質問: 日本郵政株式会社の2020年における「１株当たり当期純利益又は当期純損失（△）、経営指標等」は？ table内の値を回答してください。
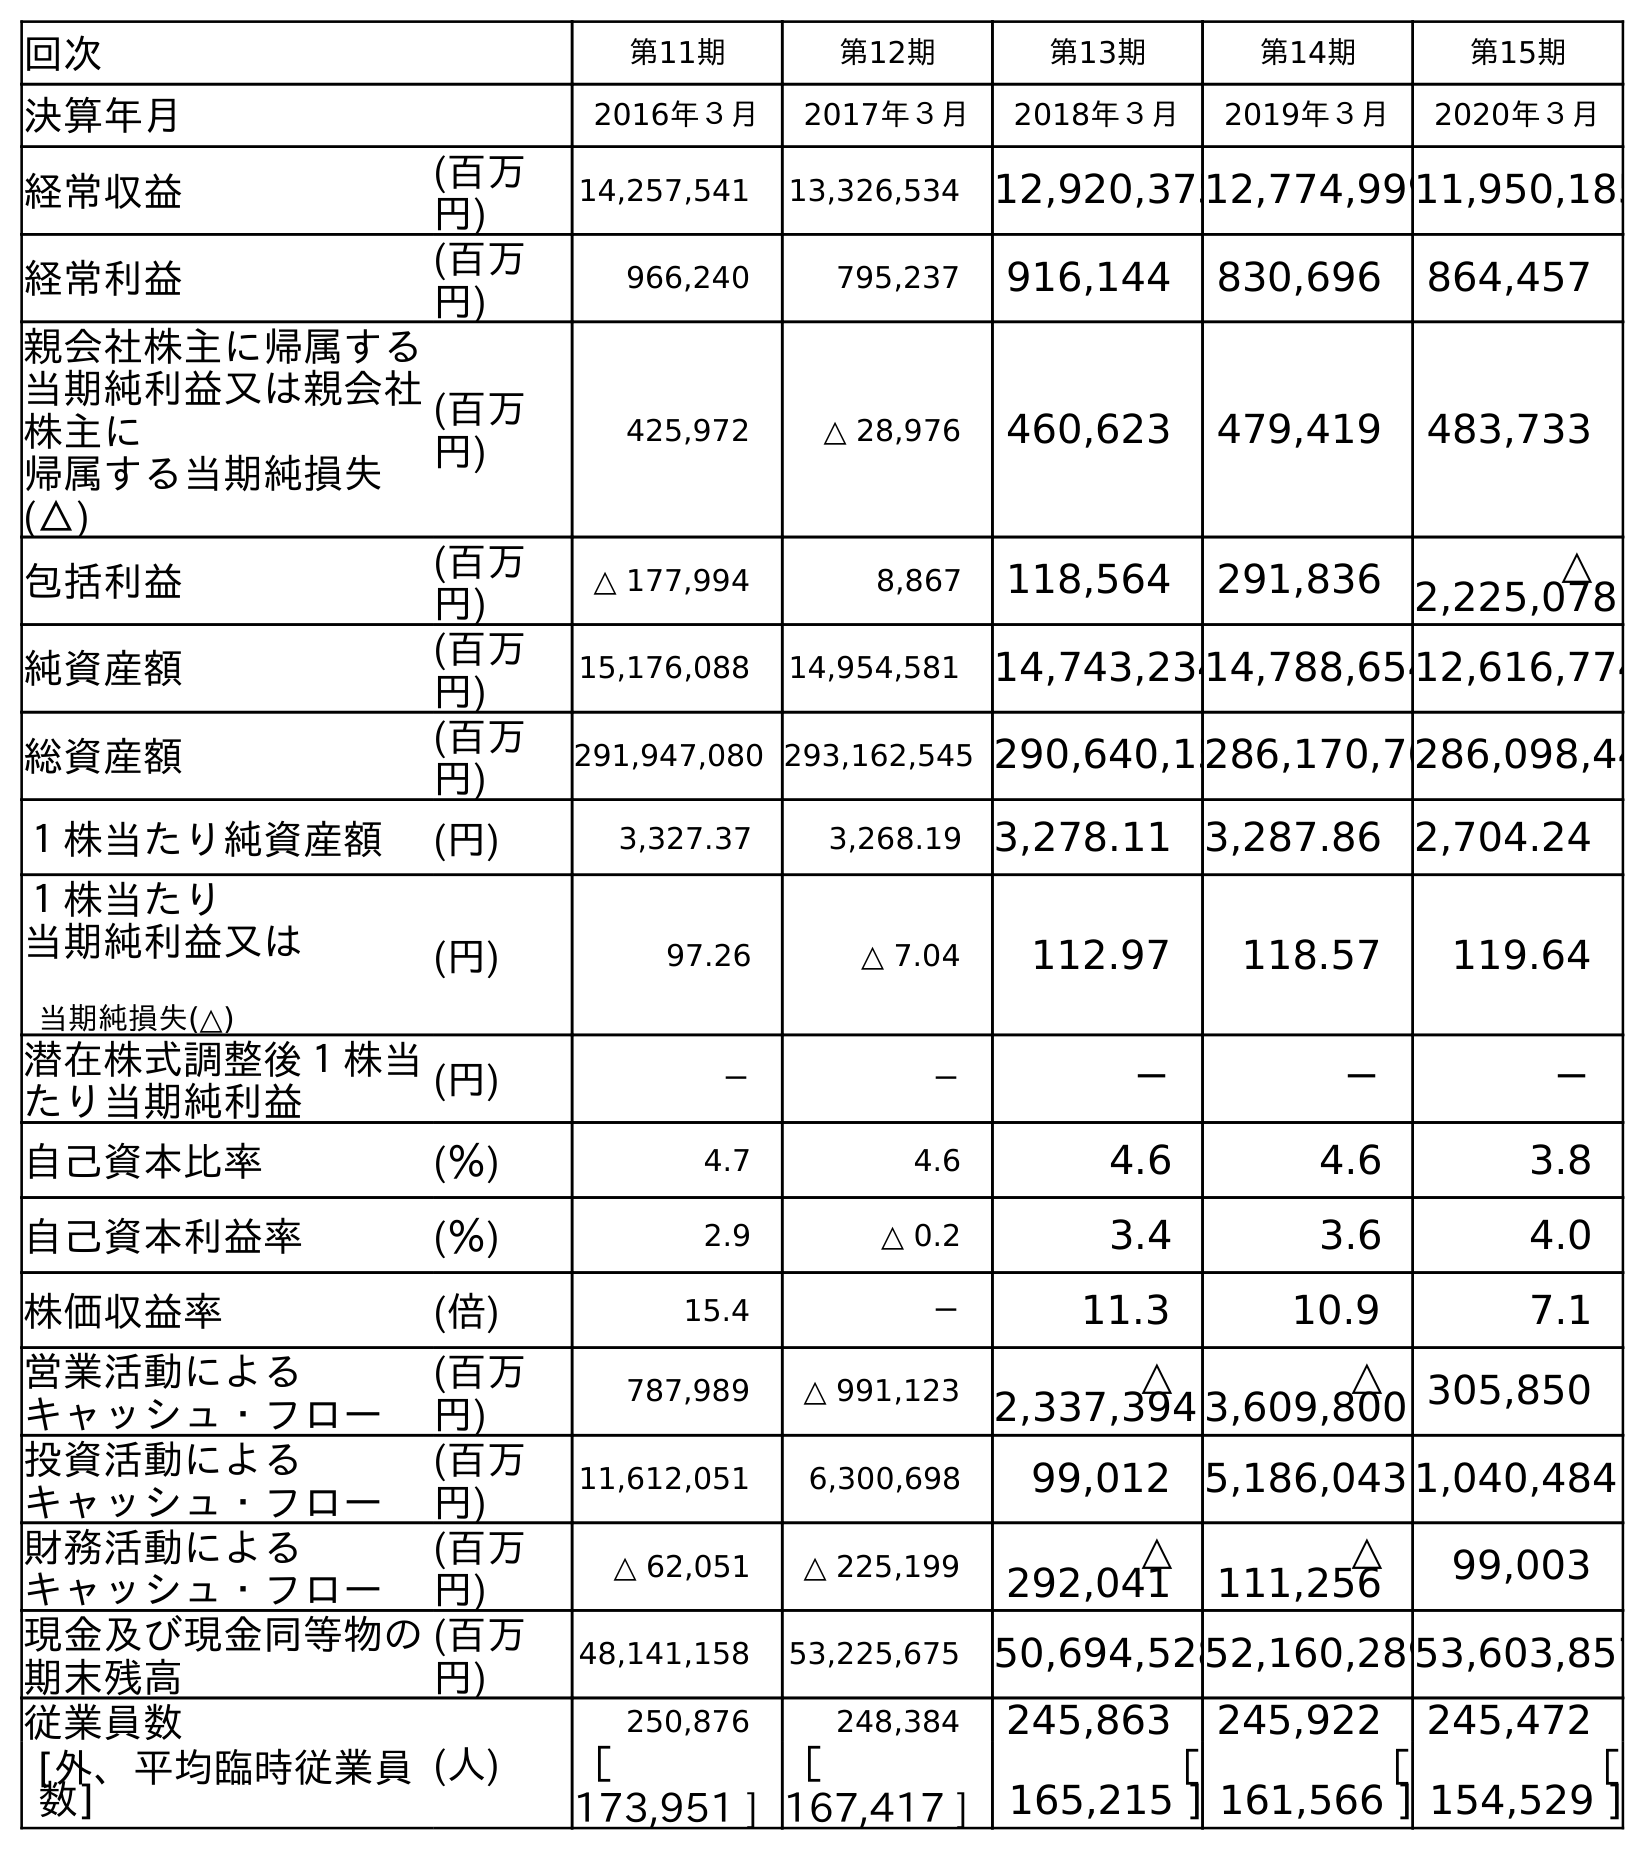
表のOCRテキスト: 回次 第11期 第12期 第13期 第14期 第15期 決算年月 2016年３月 2017年３月 2018年３月 2019年３月 2020年３月 経常収益 (百万 円) 14,257,541 13,326,534 12,920,37512,774,99911,950,185 経常利益 (百万 円) 966,240 795,237 916,144 830,696 864,457 親会社株主に帰属する 当期純利益又は親会社 株主に 帰属する当期純損失 (△) (百万 円) 425,972 △ 28,976 460,623 479,419 483,733 包括利益 (百万 円) △ 177,994 8,867 118,564 291,836 △ 2,225,078 純資産額 (百万 円) 15,176,088 14,954,581 14,743,23414,788,65412,616,774 総資産額 (百万 円) 291,947,080 293,162,545 290,640,15286,170,70286,098,44 １株当たり純資産額 (円) 3,327.37 3,268.19 3,278.11 3,287.86 2,704.24 １株当たり 当期純利益又は 当期純損失(△) (円) 97.26 △ 7.04 112.97 118.57 119.64 潜在株式調整後１株当 たり当期純利益 (円) － － － － － 自己資本比率 (％) 4.7 4.6 4.6 4.6 3.8 自己資本利益率 (％) 2.9 △ 0.2 3.4 3.6 4.0 株価収益率 (倍) 15.4 － 11.3 10.9 7.1 営業活動による キャッシュ・フロー (百万 円) 787,989 △ 991,123 △ 2,337,394 △ 3,609,800 305,850 投資活動による キャッシュ・フロー (百万 円) 11,612,051 6,300,698 99,012 5,186,043 1,040,484 財務活動による キャッシュ・フロー (百万 円) △ 62,051 △ 225,199 △ 292,041 △ 111,256 99,003 現金及び現金同等物の 期末残高 (百万 円) 48,141,158 53,225,675 50,694,52852,160,28953,603,857 従業員数 (人) 250,876 248,384 245,863 245,922 245,472 [外、平均臨時従業員 数] ［ 173,951 ] ［ 167,417 ] ［ 165,215 ] ［ 161,566 ] ［ 154,529 ]
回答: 119.64